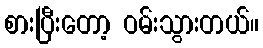
စားပြီးတော့ ဝမ်းသွားတယ်။